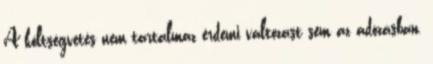
A költségvetés nem tartalmaz érdemi változást sem az adózásban,